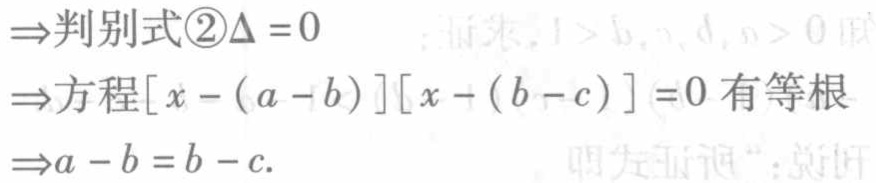
$\begin{align*}

&\Rightarrow\text{判别式}\textcircled{2}\Delta = 0\\

&\Rightarrow\text{方程}[x - (a - b)][x - (b - c)] = 0\text{ 有等根}\\

&\Rightarrow a - b = b - c.

\end{align*}$